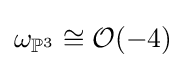
\omega _{\mathbb {P} ^{3}}\cong {\mathcal {O}}(-4)